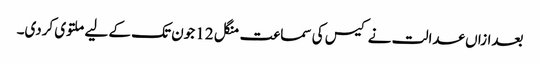
بعدازاں عدالت نے کیس کی سماعت منگل 12 جون تک کے لیے ملتوی کردی۔